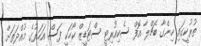
ތުރުކީގައި ހިންގާ ބެޗްލާ އޮފް ސެކިއުރިޓީ ސްޓަޑީޒް ކޯހަކީ ފަސް އަހަރުގެ މުއްދަތަށް